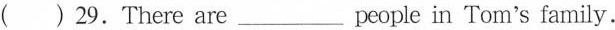
( ) 29.There are ___ people in Tom's family.